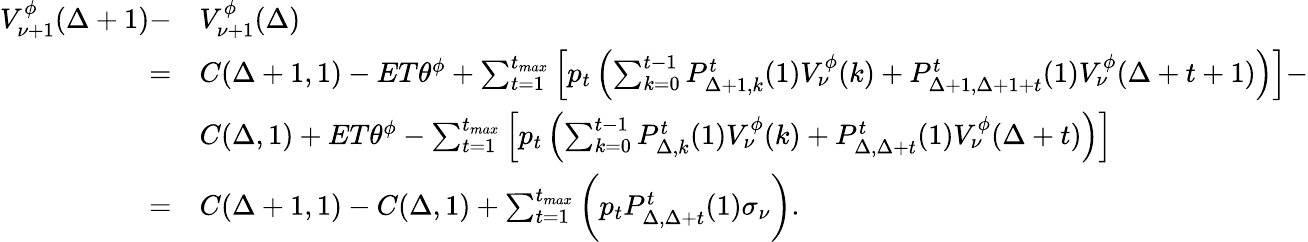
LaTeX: \begin{array}{rl}{V_{\nu+1}^{\phi}(\Delta+1)-}&{V_{\nu+1}^{\phi}(\Delta)}\\ {=}&{C(\Delta+1,1)-ET\theta^{\phi}+\sum_{t=1}^{t_{max}}\left[p_{t}\left(\sum_{k=0}^{t-1}P_{\Delta+1,k}^{t}(1)V_{\nu}^{\phi}(k)+P_{\Delta+1,\Delta+1+t}^{t}(1)V_{\nu}^{\phi}(\Delta+t+1)\right)\right]-}\\ &{C(\Delta,1)+ET\theta^{\phi}-\sum_{t=1}^{t_{max}}\left[p_{t}\left(\sum_{k=0}^{t-1}P_{\Delta,k}^{t}(1)V_{\nu}^{\phi}(k)+P_{\Delta,\Delta+t}^{t}(1)V_{\nu}^{\phi}(\Delta+t)\right)\right]}\\ {=}&{C(\Delta+1,1)-C(\Delta,1)+\sum_{t=1}^{t_{max}}\bigg(p_{t}P_{\Delta,\Delta+t}^{t}(1)\sigma_{\nu}\bigg).}\end{array}